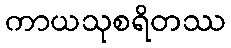
ကာယသုစရိတဿ